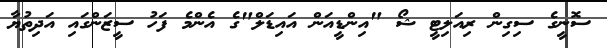
ސޮނީގެ ސިގިން ރިއަލިޓީ ޝޯ "އިންޑީއަން އައިޑަލް"ގެ އެންމެ ފަހު ސީޒަންގައި އަދިތުޔާ